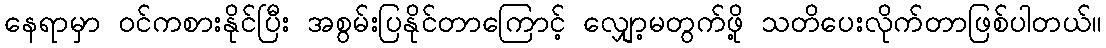
နေရာမှာ ဝင်ကစားနိုင်ပြီး အစွမ်းပြနိုင်တာကြောင့် လျှော့မတွက်ဖို့ သတိပေးလိုက်တာဖြစ်ပါတယ်။